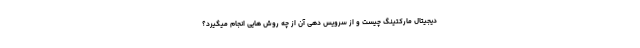
دیجیتال مارکتینگ چیست و از سرویس دهی آن از چه روش هایی انجام میگیرد؟